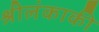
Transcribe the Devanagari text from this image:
श्रीलंकाकी